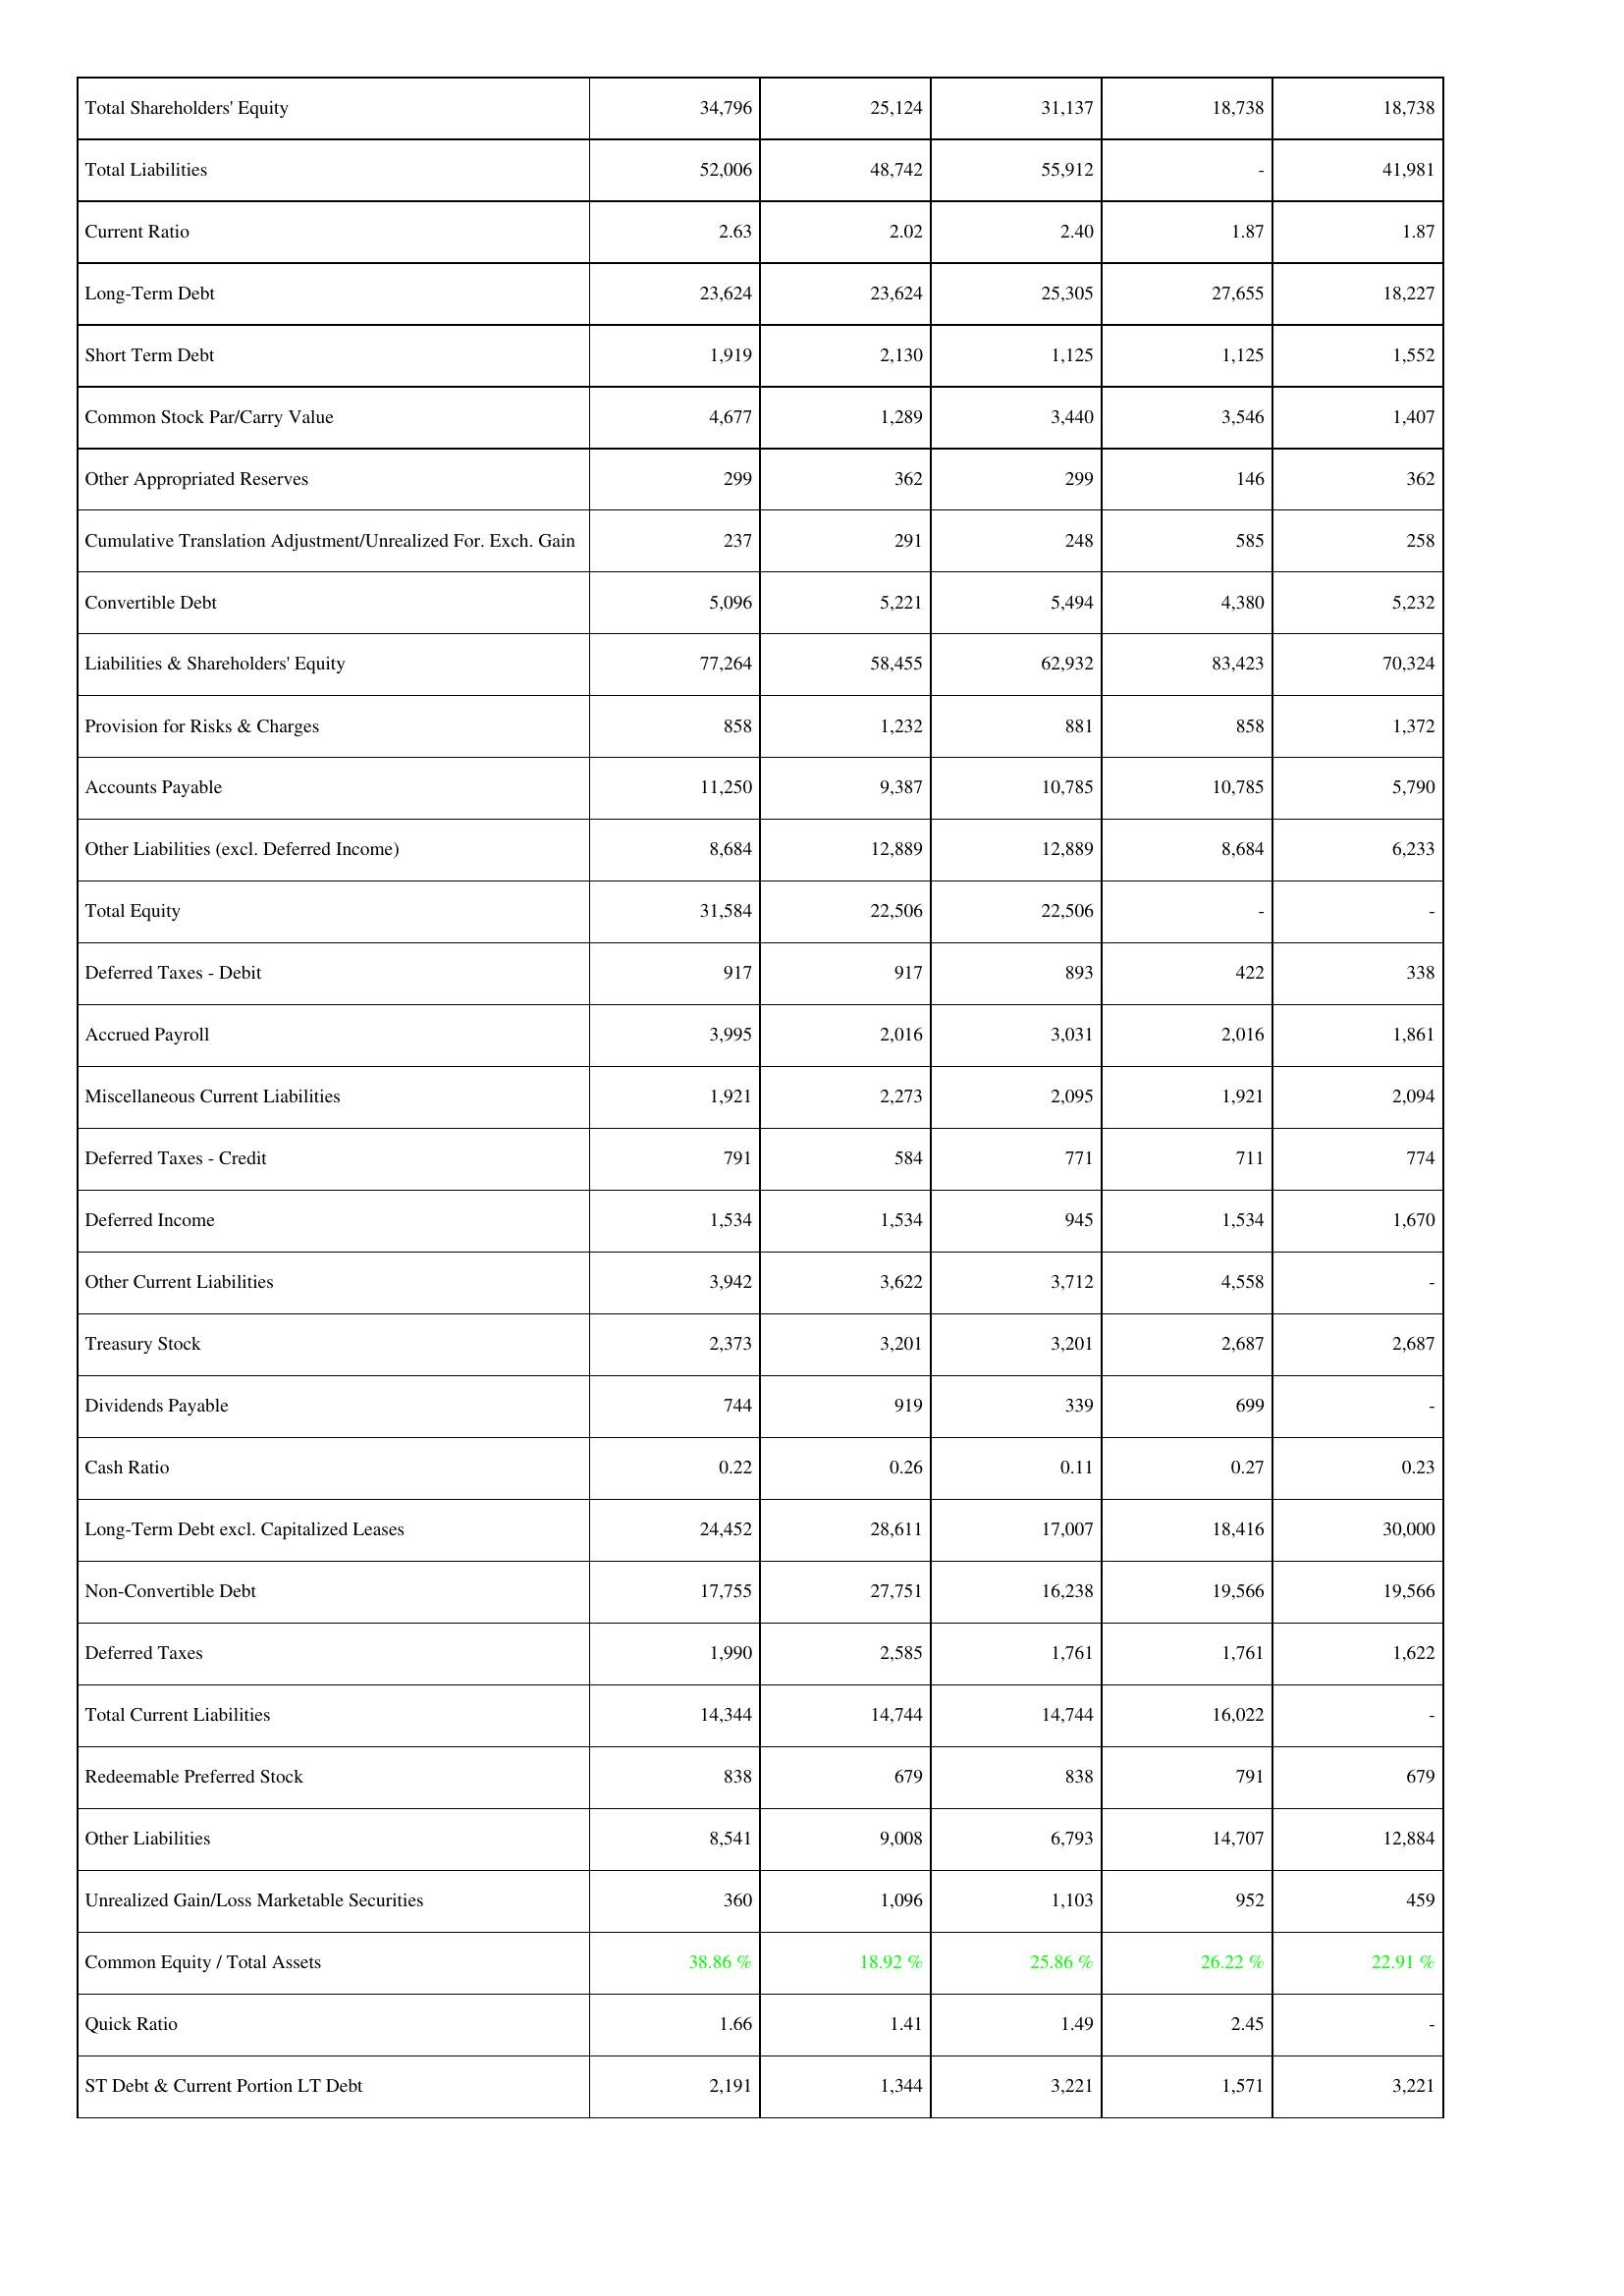
2010: Liabilities & Shareholders' Equity: Total Shareholders' Equity: 34,796
Total Liabilities: 52,006
Current Ratio: 2.63
Long-Term Debt: 23,624
Short Term Debt: 1,919
Common Stock Par/Carry Value: 4,677
Other Appropriated Reserves: 299
Cumulative Translation Adjustment/Unrealized For. Exch. Gain: 237
Convertible Debt: 5,096
Liabilities & Shareholders' Equity: 77,264
Provision for Risks & Charges: 858
Accounts Payable: 11,250
Other Liabilities (excl. Deferred Income): 8,684
Total Equity: 31,584
Deferred Taxes - Debit: 917
Accrued Payroll: 3,995
Miscellaneous Current Liabilities: 1,921
Deferred Taxes - Credit: 791
Deferred Income: 1,534
Other Current Liabilities: 3,942
Treasury Stock: 2,373
Dividends Payable: 744
Cash Ratio: 0.22
Long-Term Debt excl. Capitalized Leases: 24,452
Non-Convertible Debt: 17,755
Deferred Taxes: 1,990
Total Current Liabilities: 14,344
Redeemable Preferred Stock: 838
Other Liabilities: 8,541
Unrealized Gain/Loss Marketable Securities: 360
Common Equity / Total Assets: 38.86 %
Quick Ratio: 1.66
ST Debt & Current Portion LT Debt: 2,191
2011: Liabilities & Shareholders' Equity: Total Shareholders' Equity: 25,124
Total Liabilities: 48,742
Current Ratio: 2.02
Long-Term Debt: 23,624
Short Term Debt: 2,130
Common Stock Par/Carry Value: 1,289
Other Appropriated Reserves: 362
Cumulative Translation Adjustment/Unrealized For. Exch. Gain: 291
Convertible Debt: 5,221
Liabilities & Shareholders' Equity: 58,455
Provision for Risks & Charges: 1,232
Accounts Payable: 9,387
Other Liabilities (excl. Deferred Income): 12,889
Total Equity: 22,506
Deferred Taxes - Debit: 917
Accrued Payroll: 2,016
Miscellaneous Current Liabilities: 2,273
Deferred Taxes - Credit: 584
Deferred Income: 1,534
Other Current Liabilities: 3,622
Treasury Stock: 3,201
Dividends Payable: 919
Cash Ratio: 0.26
Long-Term Debt excl. Capitalized Leases: 28,611
Non-Convertible Debt: 27,751
Deferred Taxes: 2,585
Total Current Liabilities: 14,744
Redeemable Preferred Stock: 679
Other Liabilities: 9,008
Unrealized Gain/Loss Marketable Securities: 1,096
Common Equity / Total Assets: 18.92 %
Quick Ratio: 1.41
ST Debt & Current Portion LT Debt: 1,344
2012: Liabilities & Shareholders' Equity: Total Shareholders' Equity: 31,137
Total Liabilities: 55,912
Current Ratio: 2.40
Long-Term Debt: 25,305
Short Term Debt: 1,125
Common Stock Par/Carry Value: 3,440
Other Appropriated Reserves: 299
Cumulative Translation Adjustment/Unrealized For. Exch. Gain: 248
Convertible Debt: 5,494
Liabilities & Shareholders' Equity: 62,932
Provision for Risks & Charges: 881
Accounts Payable: 10,785
Other Liabilities (excl. Deferred Income): 12,889
Total Equity: 22,506
Deferred Taxes - Debit: 893
Accrued Payroll: 3,031
Miscellaneous Current Liabilities: 2,095
Deferred Taxes - Credit: 771
Deferred Income: 945
Other Current Liabilities: 3,712
Treasury Stock: 3,201
Dividends Payable: 339
Cash Ratio: 0.11
Long-Term Debt excl. Capitalized Leases: 17,007
Non-Convertible Debt: 16,238
Deferred Taxes: 1,761
Total Current Liabilities: 14,744
Redeemable Preferred Stock: 838
Other Liabilities: 6,793
Unrealized Gain/Loss Marketable Securities: 1,103
Common Equity / Total Assets: 25.86 %
Quick Ratio: 1.49
ST Debt & Current Portion LT Debt: 3,221
2013: Liabilities & Shareholders' Equity: Total Shareholders' Equity: 18,738
Total Liabilities: -
Current Ratio: 1.87
Long-Term Debt: 27,655
Short Term Debt: 1,125
Common Stock Par/Carry Value: 3,546
Other Appropriated Reserves: 146
Cumulative Translation Adjustment/Unrealized For. Exch. Gain: 585
Convertible Debt: 4,380
Liabilities & Shareholders' Equity: 83,423
Provision for Risks & Charges: 858
Accounts Payable: 10,785
Other Liabilities (excl. Deferred Income): 8,684
Total Equity: -
Deferred Taxes - Debit: 422
Accrued Payroll: 2,016
Miscellaneous Current Liabilities: 1,921
Deferred Taxes - Credit: 711
Deferred Income: 1,534
Other Current Liabilities: 4,558
Treasury Stock: 2,687
Dividends Payable: 699
Cash Ratio: 0.27
Long-Term Debt excl. Capitalized Leases: 18,416
Non-Convertible Debt: 19,566
Deferred Taxes: 1,761
Total Current Liabilities: 16,022
Redeemable Preferred Stock: 791
Other Liabilities: 14,707
Unrealized Gain/Loss Marketable Securities: 952
Common Equity / Total Assets: 26.22 %
Quick Ratio: 2.45
ST Debt & Current Portion LT Debt: 1,571
2014: Liabilities & Shareholders' Equity: Total Shareholders' Equity: 18,738
Total Liabilities: 41,981
Current Ratio: 1.87
Long-Term Debt: 18,227
Short Term Debt: 1,552
Common Stock Par/Carry Value: 1,407
Other Appropriated Reserves: 362
Cumulative Translation Adjustment/Unrealized For. Exch. Gain: 258
Convertible Debt: 5,232
Liabilities & Shareholders' Equity: 70,324
Provision for Risks & Charges: 1,372
Accounts Payable: 5,790
Other Liabilities (excl. Deferred Income): 6,233
Total Equity: -
Deferred Taxes - Debit: 338
Accrued Payroll: 1,861
Miscellaneous Current Liabilities: 2,094
Deferred Taxes - Credit: 774
Deferred Income: 1,670
Other Current Liabilities: -
Treasury Stock: 2,687
Dividends Payable: -
Cash Ratio: 0.23
Long-Term Debt excl. Capitalized Leases: 30,000
Non-Convertible Debt: 19,566
Deferred Taxes: 1,622
Total Current Liabilities: -
Redeemable Preferred Stock: 679
Other Liabilities: 12,884
Unrealized Gain/Loss Marketable Securities: 459
Common Equity / Total Assets: 22.91 %
Quick Ratio: -
ST Debt & Current Portion LT Debt: 3,221